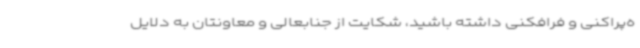
ه‌پراکنی و فرافکنی داشته باشید، شکایت از جنابعالی و معاونتان به دلایل